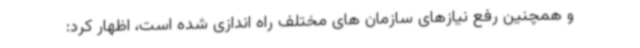
و همچنین رفع نیازهای سازمان های مختلف راه اندازی شده است، اظهار کرد: